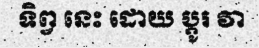
ទិព្វ នេះ ដោយ ប្តូរ វា